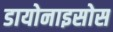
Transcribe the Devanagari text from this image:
डायोनाइसोस